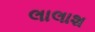
લાલાશ